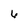
Character: 6